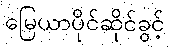
မြေယာပိုင်ဆိုင်ခွင့်